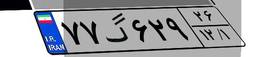
۷۷گ۶۲۹۲۶